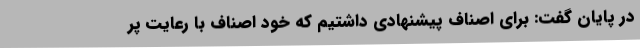
در پایان گفت: برای اصناف پیشنهادی داشتیم که خود اصناف با رعایت پر